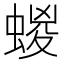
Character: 蝬